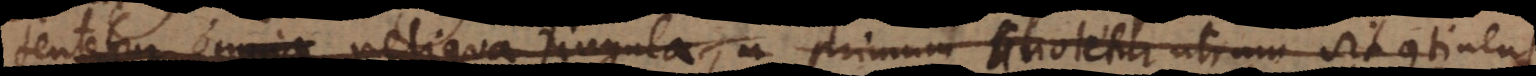
omnia reliqua singula, primum notetur utrum sit continens